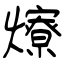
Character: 爎